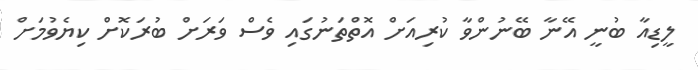
ލީޑިއާ ބުނީ އޭނާ ބޭނުންވާ ކުރިއަށް އޮތްތަނުގައި ވެސް ވަރަށް ބުރަކޮށް ކިޔެވުމަށް